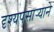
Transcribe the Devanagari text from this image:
दृश्यपसार्‍याने